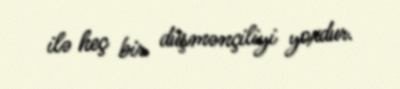
ilə heç bir düşmənçiliyi yoxdur.